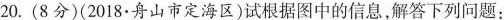
20. (8分)(2018 · 舟山市定海区)试根据图中的信息，解答下列问题：